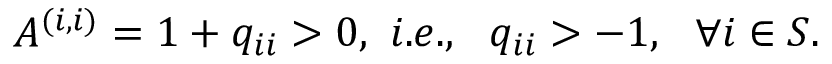
A ^ { ( i , i ) } = 1 + q _ { i i } > 0 , \ i . e . , \ \ q _ { i i } > - 1 , \ \ \forall i \in S .